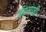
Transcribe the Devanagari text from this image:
ईएसजी